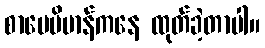
စာပေဗိမာန်ကနေ ထုတ်ခဲ့တာပါ။